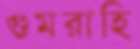
গুমরাহি